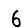
Digit: 6